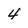
Character: 4